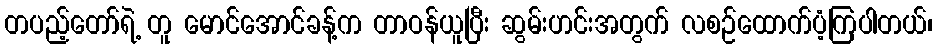
တပည့်တော်ရဲ့ တူ မောင်အောင်ခန့်က တာဝန်ယူပြီး ဆွမ်းဟင်းအတွက် လစဉ်ထောက်ပံ့ကြပါတယ်၊